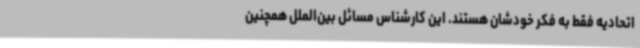
اتحادیه فقط به فکر خودشان هستند. این کارشناس مسائل بین‌الملل همچنین